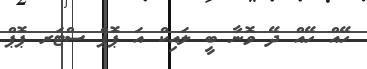
ހޭއް ހޭއް ދޭ ވޮނާ ބީ ލައިކް އަ ޕޮޕް ސްޓަރ ޕޮޕް